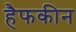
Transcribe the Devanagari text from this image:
हैफकीन